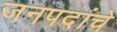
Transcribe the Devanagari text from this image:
जनपदांचे